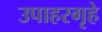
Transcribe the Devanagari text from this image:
उपाहरगृहे